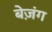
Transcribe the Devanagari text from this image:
बेज़ंग